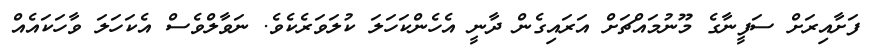
ފަށާއިރަށް ސަފީނާގެ މޫނުމައްޗަށް އަރައިގެން ދާނީ އެހެންކަހަލަ ކުލަވަރެކެވެ. ނަވާލްވެސް އެކަހަލަ ވާހަކައެއް